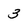
Character: 3